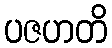
ပဇဟတိ